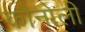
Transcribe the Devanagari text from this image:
कौनोली